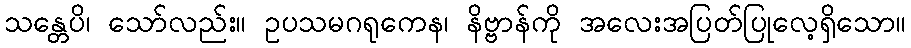
သန္တေပိ၊ သော်လည်း။ ဥပသမဂရုကေန၊ နိဗ္ဗာန်ကို အလေးအပြတ်ပြုလေ့ရှိသော။